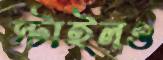
স্টাইলও